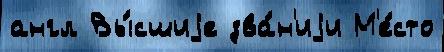
англ Вы́сшиjе зва́н'иjи М'е́сто